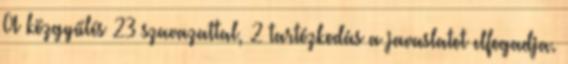
A közgyűlés 23 szavazattal, 2 tartózkodás a javaslatot elfogadja.